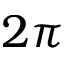
2 \pi